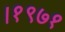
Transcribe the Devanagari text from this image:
।१९७१